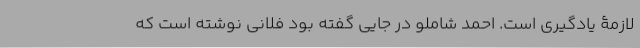
لازمۀ یادگیری است. احمد شاملو در جایی گفته بود فلانی نوشته است که